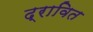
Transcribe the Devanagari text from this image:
द्रावित